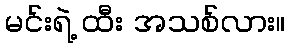
မင်းရဲ့ ထီး အသစ်လား။